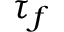
\tau _ { f }